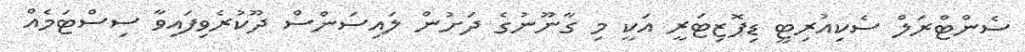
ސެންޓްރަލް ސެކިއުރިޓީ ޑިޕޮޒިޓަރީ އަކީ މި ގާނޫނުގެ ދަށުން ލައިސަންސް ދޫކުރެވިފައިވާ ސިސްޓަމެއް